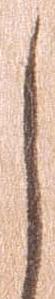
し